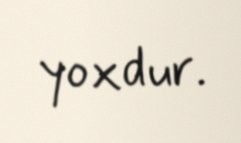
yoxdur.